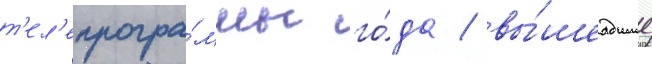
т'ел'епрогра́ммы го́да / вы́шедшие